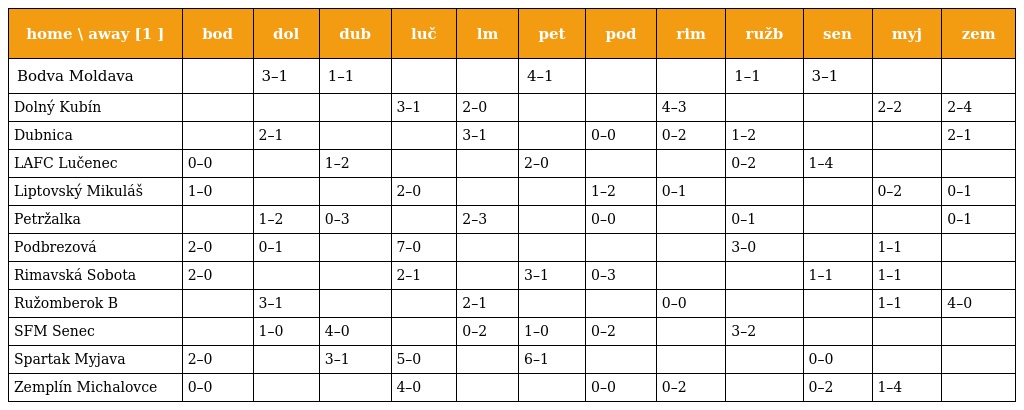
| home \ away [1 ] | bod | dol | dub | luč | lm | pet | pod | rim | ružb | sen | myj | zem |
 | --- | --- | --- | --- | --- | --- | --- | --- | --- | --- | --- | --- | --- |
 | Bodva Moldava |  | 3–1 | 1–1 |  |  | 4–1 |  |  | 1–1 | 3–1 |  |  |
 | Dolný Kubín |  |  |  | 3–1 | 2–0 |  |  | 4–3 |  |  | 2–2 | 2–4 |
 | Dubnica |  | 2–1 |  |  | 3–1 |  | 0–0 | 0–2 | 1–2 |  |  | 2–1 |
 | LAFC Lučenec | 0–0 |  | 1–2 |  |  | 2–0 |  |  | 0–2 | 1–4 |  |  |
 | Liptovský Mikuláš | 1–0 |  |  | 2–0 |  |  | 1–2 | 0–1 |  |  | 0–2 | 0–1 |
 | Petržalka |  | 1–2 | 0–3 |  | 2–3 |  | 0–0 |  | 0–1 |  |  | 0–1 |
 | Podbrezová | 2–0 | 0–1 |  | 7–0 |  |  |  |  | 3–0 |  | 1–1 |  |
 | Rimavská Sobota | 2–0 |  |  | 2–1 |  | 3–1 | 0–3 |  |  | 1–1 | 1–1 |  |
 | Ružomberok B |  | 3–1 |  |  | 2–1 |  |  | 0–0 |  |  | 1–1 | 4–0 |
 | SFM Senec |  | 1–0 | 4–0 |  | 0–2 | 1–0 | 0–2 |  | 3–2 |  |  |  |
 | Spartak Myjava | 2–0 |  | 3–1 | 5–0 |  | 6–1 |  |  |  | 0–0 |  |  |
 | Zemplín Michalovce | 0–0 |  |  | 4–0 |  |  | 0–0 | 0–2 |  | 0–2 | 1–4 |  |